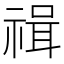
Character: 𥚶